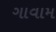
ગાવામ